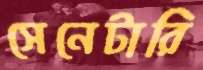
সেনেটারি